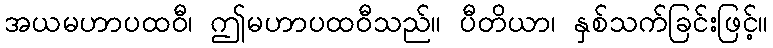
အယမဟာပထဝီ၊ ဤမဟာပထဝီသည်။ ပီတိယာ၊ နှစ်သက်ခြင်းဖြင့်။